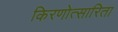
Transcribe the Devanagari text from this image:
किरणोत्सारिता